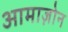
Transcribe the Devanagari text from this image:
आमाज़ोन